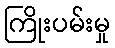
ကြိုးပမ်းမှု